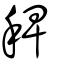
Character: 稗